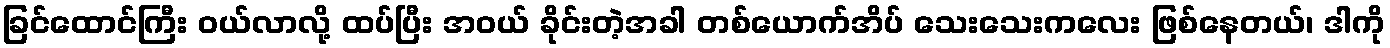
ခြင်ထောင်ကြီး ဝယ်လာလို့ ထပ်ပြီး အဝယ် ခိုင်းတဲ့အခါ တစ်ယောက်အိပ် သေးသေးကလေး ဖြစ်နေတယ်၊ ဒါကို